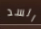
السد